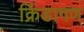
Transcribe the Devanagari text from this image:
क्रिंडागण